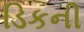
ડિકની